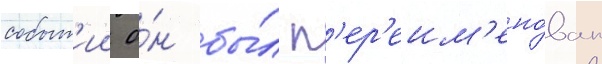
событ'ии о́н бы́л п'ер'еим'ено́ван